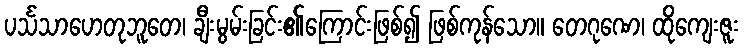
ပင်္သသာဟေတုဘူတေ၊ ချီးမွမ်းခြင်း၏ကြောင်းဖြစ်၍ ဖြစ်ကုန်သော။ တေဂုဏေ၊ ထိုကျေးဇူး